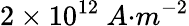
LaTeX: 2\times{10}^{12}\ {A}{{·}}{{m}}^{{-2}}